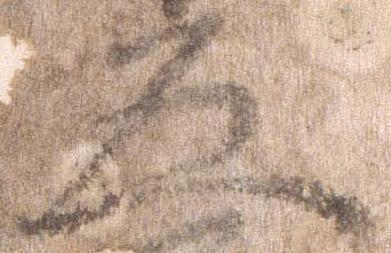
五